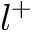
l ^ { + }